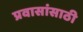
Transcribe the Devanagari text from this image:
प्रवासांसाठी